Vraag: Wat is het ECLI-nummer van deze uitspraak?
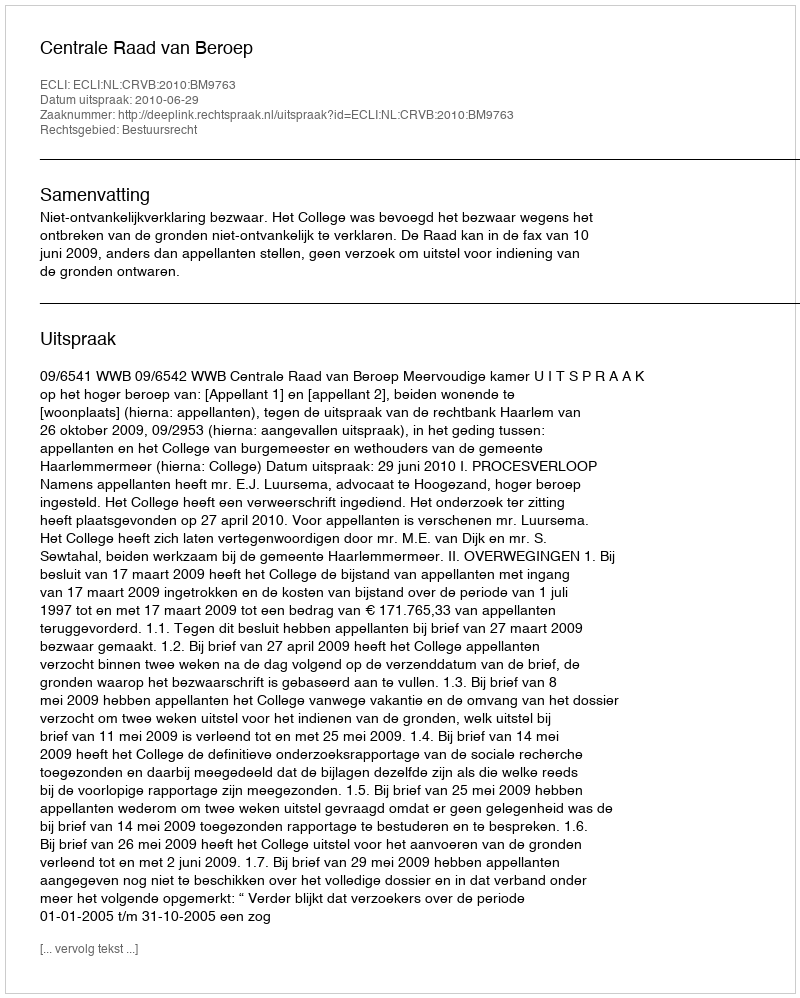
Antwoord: ECLI:NL:CRVB:2010:BM9763